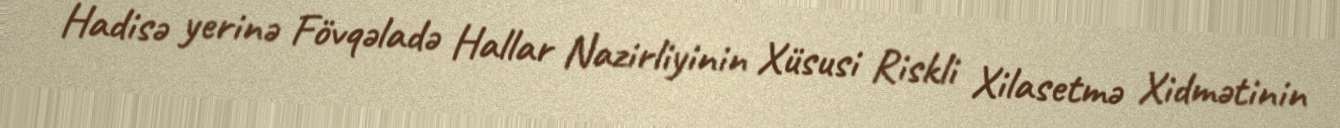
Hadisə yerinə Fövqəladə Hallar Nazirliyinin Xüsusi Riskli Xilasetmə Xidmətinin